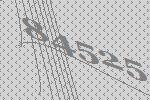
84525